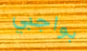
بواجبي